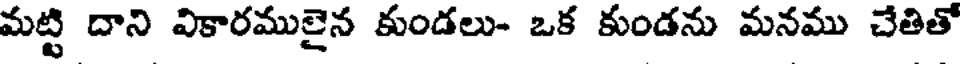
మట్టి దాని వికారములైన కుండలు- ఒక కుండను మనము చేతితో